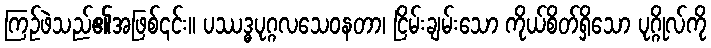
ကြဉ်ဖဲသည်၏အဖြစ်၎င်း။ ပဿဒ္ဓပုဂ္ဂလသေဝနတာ၊ ငြိမ်းချမ်းသော ကိုယ်စိတ်ရှိသော ပုဂ္ဂိုလ်ကို